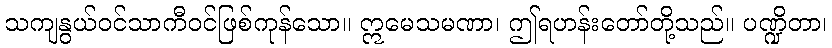
သကျနွယ်ဝင်သာကီဝင်ဖြစ်ကုန်သော။ ဣမေသမဏာ၊ ဤရဟန်းတော်တို့သည်။ ပဏ္ဍိတာ၊